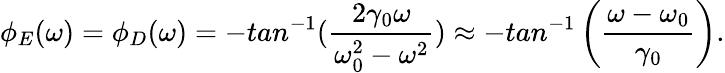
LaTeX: \phi_{E}(\omega)=\phi_{D}(\omega)=-tan^{-1}(\frac{2\gamma_{0}\omega}{\omega_{0}^{2}-\omega^{2}})\approx-tan^{-1}\left(\frac{\omega-\omega_{0}}{\gamma_{0}}\right).